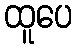
ထူပေ